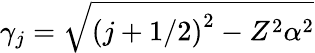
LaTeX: \gamma_{j}=\sqrt{\left(j+1/2\right)^{2}-Z^{2}\alpha^{2}}